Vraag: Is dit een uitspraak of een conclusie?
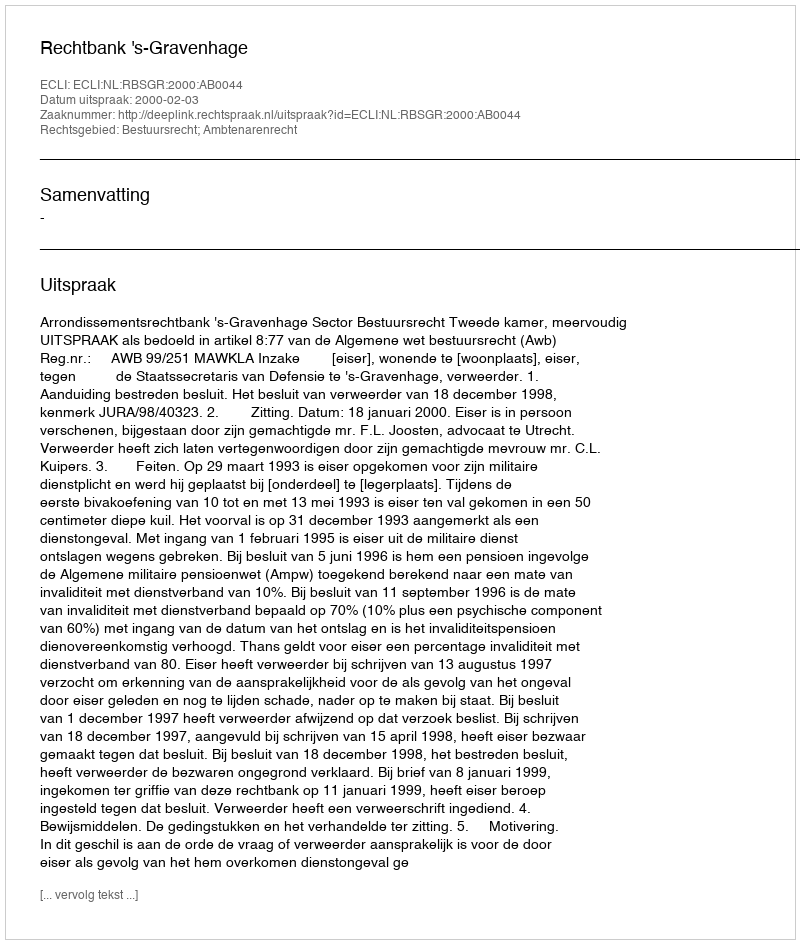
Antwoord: Uitspraak